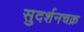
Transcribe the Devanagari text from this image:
सुदर्शनचक्र